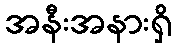
အနီးအနားရှိ